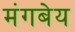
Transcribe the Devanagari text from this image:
मंगबेय